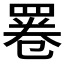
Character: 𦋓